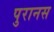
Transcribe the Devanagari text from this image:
पुरानस